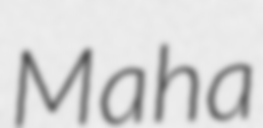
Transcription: Maha